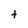
Character: t